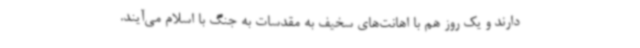
دارند و یک روز هم با اهانت‌های سخیف به مقدسات به جنگ با اسلام می‌آیند.